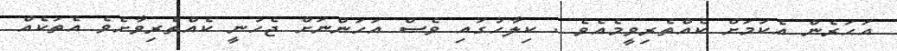
އަހަރެން އެކަމަށް ކެއްތެރިވީމެއެވެ . ކިލާހުގައި ވެސް އަހަންނަށް ޖެހުނީ ކެއްތެރިވާށެވެ އެތަކެއް